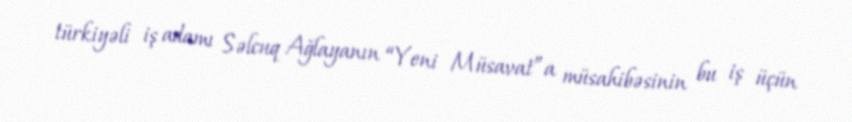
türkiyəli iş adamı Səlcuq Ağlayanın “Yeni Müsavat”a müsahibəsinin bu iş üçün